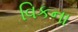
વિકના